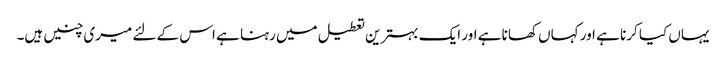
یہاں کیا کرنا ہے اور کہاں کھانا ہے اور ایک بہترین تعطیل میں رہنا ہے اس کے لئے میری چنیں ہیں۔